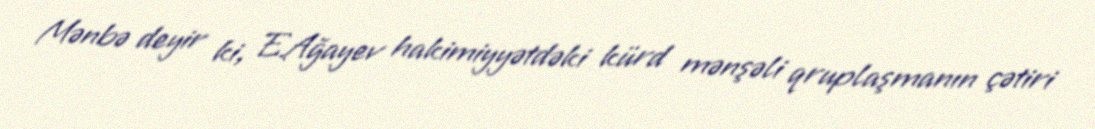
Mənbə deyir ki, E.Ağayev hakimiyyətdəki kürd mənşəli qruplaşmanın çətiri